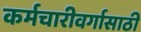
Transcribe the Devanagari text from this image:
कर्मचारीवर्गासाठी